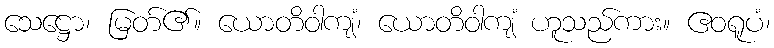
သေဋ္ဌော၊ မြတ်၏။ ယောတိဝါကျံ၊ ယောတိဝါကျံ ဟူသည်ကား။ ဧဝရူပံ၊